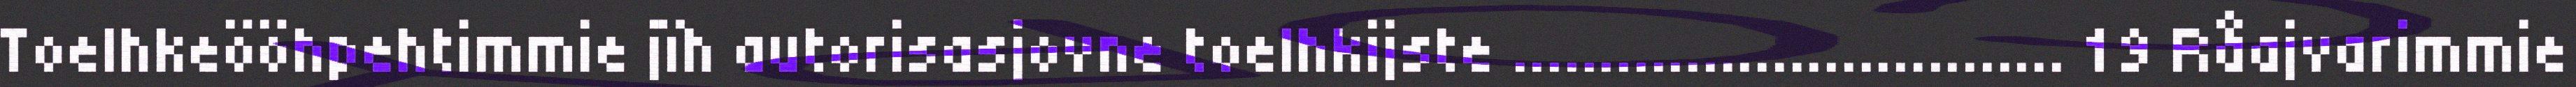
Toelhkeööhpehtimmie jïh autorisasjovne toelhkijste ................................ 19 Råajvarimmie